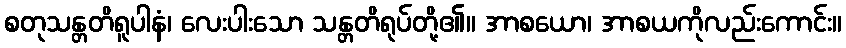
စတုသန္တတိရူပါနံ၊ လေးပါးသော သန္တတိရုပ်တို့၏။ အာစယော၊ အာစယကိုလည်းကောင်း။